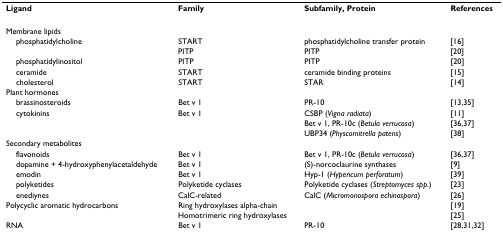
<table><thead><tr><td><b>Ligand</b></td><td><b>Family</b></td><td><b>Subfamily, Protein</b></td><td><b>References</b></td></tr></thead><tbody><tr><td>Membrane lipids</td><td></td><td></td><td></td></tr><tr><td> phosphatidylcholine</td><td>START</td><td>phosphatidylcholine transfer protein</td><td>[16]</td></tr><tr><td></td><td>PITP</td><td>PITP</td><td>[20]</td></tr><tr><td> phosphatidylinositol</td><td>PITP</td><td>PITP</td><td>[20]</td></tr><tr><td> ceramide</td><td>START</td><td>ceramide binding proteins</td><td>[15]</td></tr><tr><td> cholesterol</td><td>START</td><td>STAR</td><td>[14]</td></tr><tr><td>Plant hormones</td><td></td><td></td><td></td></tr><tr><td> brassinosteroids</td><td>Bet v 1</td><td>PR-10</td><td>[13,35]</td></tr><tr><td> cytokinins</td><td>Bet v 1</td><td>CSBP (<i>Vigna radiata</i>)</td><td>[11]</td></tr><tr><td></td><td></td><td>Bet v 1, PR-10c (<i>Betula verrucosa</i>)</td><td>[36,37]</td></tr><tr><td></td><td></td><td>UBP34 (<i>Physcomitrella patens</i>)</td><td>[38]</td></tr><tr><td>Secondary metabolites</td><td></td><td></td><td></td></tr><tr><td> flavonoids</td><td>Bet v 1</td><td>Bet v 1, PR-10c (<i>Betula verrucosa</i>)</td><td>[36,37]</td></tr><tr><td> dopamine + 4-hydroxyphenylacetaldehyde</td><td>Bet v 1</td><td>(S)-norcoclaurine synthases</td><td>[9]</td></tr><tr><td> emodin</td><td>Bet v 1</td><td>Hyp-1 (<i>Hypericum perforatum</i>)</td><td>[39]</td></tr><tr><td> polyketides</td><td>Polyketide cyclases</td><td>Polyketide cyclases (<i>Streptomyces spp.</i>)</td><td>[23]</td></tr><tr><td> enediynes</td><td>CalC-related</td><td>CalC (<i>Micromonospora echinospora</i>)</td><td>[26]</td></tr><tr><td>Polycyclic aromatic hydrocarbons</td><td>Ring hydroxylases alpha-chain</td><td></td><td>[19]</td></tr><tr><td></td><td>Homotrimeric ring hydroxylases</td><td></td><td>[25]</td></tr><tr><td>RNA</td><td>Bet v 1</td><td>PR-10</td><td>[28,31,32]</td></tr></tbody></table>